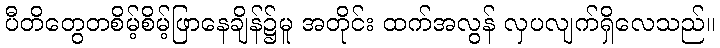
ပီတိတွေတစိမ့်စိမ့်ဖြာနေချိန်၌မူ အတိုင်း ထက်အလွန် လှပလျက်ရှိလေသည်။